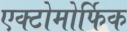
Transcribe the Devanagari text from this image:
एक्टोमोर्फिक